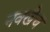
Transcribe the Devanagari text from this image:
नवखेच